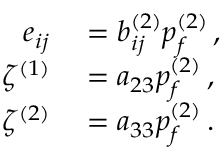
\begin{array} { r l } { e _ { i j } } & { { } = b _ { i j } ^ { ( 2 ) } p _ { f } ^ { ( 2 ) } \, , } \\ { \zeta ^ { ( 1 ) } } & { { } = a _ { 2 3 } p _ { f } ^ { ( 2 ) } \, , } \\ { \zeta ^ { ( 2 ) } } & { { } = a _ { 3 3 } p _ { f } ^ { ( 2 ) } \, . } \end{array}